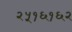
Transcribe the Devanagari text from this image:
२५१६१६२